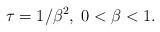
LaTeX: \begin{align*}\tau = 1/\beta^2,\; 0<\beta<1.\end{align*}